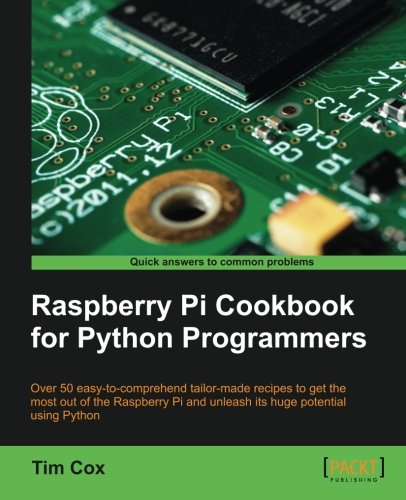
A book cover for Raspberry Pi Cookbook for Python Programmers; Tim Cox; Computers & Technology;